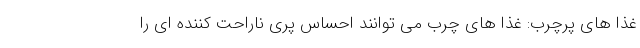
غذا های پرچرب: غذا های چرب می توانند احساس پُری ناراحت کننده ای را